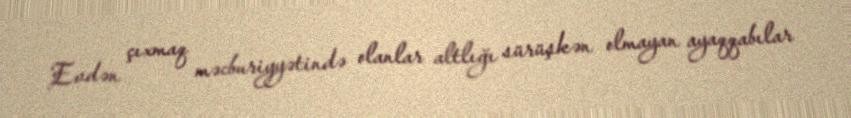
Evdən çıxmaq məcburiyyətində olanlar altlığı sürüşkən olmayan ayaqqabılar